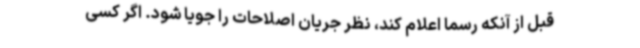
قبل از آنکه رسما اعلام کند، نظر جریان اصلاحات را جویا شود. اگر کسی